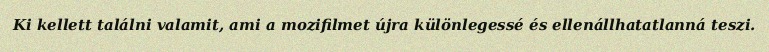
Ki kellett találni valamit, ami a mozifilmet újra különlegessé és ellenállhatatlanná teszi.